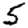
Digit: 5